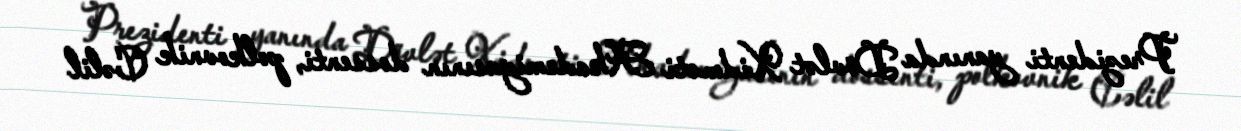
Prezidenti yanında Dövlət Xidməti Akademiyasının dossenti, polkovnik Cəlil